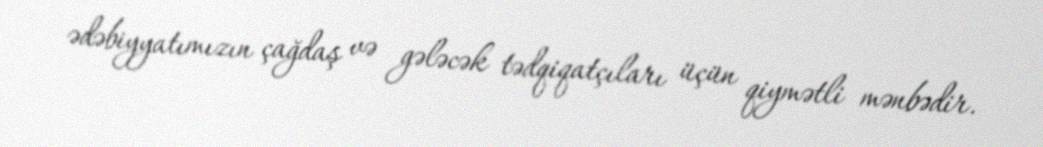
ədəbiyyatımızın çağdaş və gələcək tədqiqatçıları üçün qiymətli mənbədir.